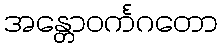
အန္တောဝင်္ကဂတော